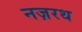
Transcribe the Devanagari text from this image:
नज़रथ